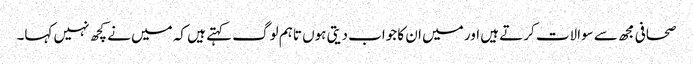
صحافی مجھ سے سوالات کرتے ہیں اور میں ان کا جواب دیتی ہوں تاہم لوگ کہتے ہیں کہ میں نے کچھ نہیں کہا۔